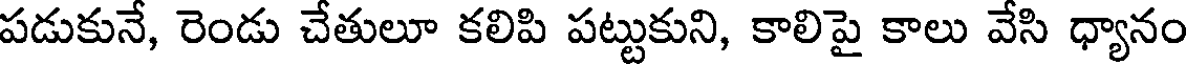
పడుకునే, రెండు చేతులూ కలిపి పట్టుకుని, కాలిపై కాలు వేసి ధ్యానం